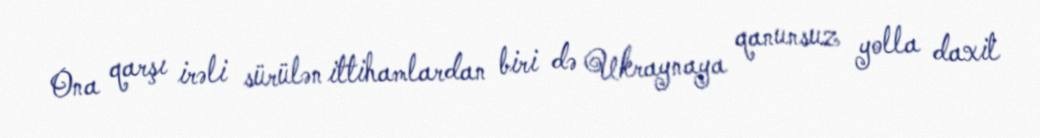
Ona qarşı irəli sürülən ittihamlardan biri də Ukraynaya qanunsuz yolla daxil